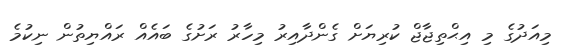
މިއަދުގެ މި އިޙްތިޖާޖް ކުރިޔަށް ގެންދާއިރު މިހާރު ރަށުގެ ބައެއް ރައްޔިތުން ނިކުމެ